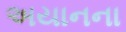
અયાનના